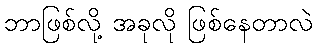
ဘာဖြစ်လို့ အခုလို ဖြစ်နေတာလဲ